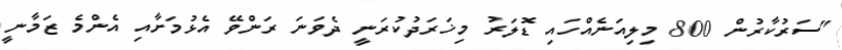
"ސަރުކާރުން 800 މިލިއަނެއްހައި ޑޮލަރު މިޚަރަދުކުރަނީ ދެވަނަ ރަންވޭ އެޅުމަށާއި އެންމެ ޒަމާނީ